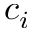
c _ { i }